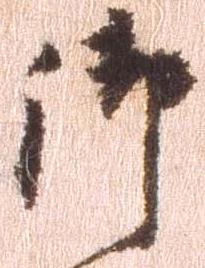
御